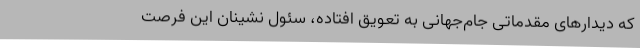
که دیدارهای مقدماتی جام‌جهانی به تعویق افتاده، سئول نشینان این فرصت